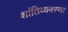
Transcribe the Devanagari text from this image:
शांतिव्यवस्था